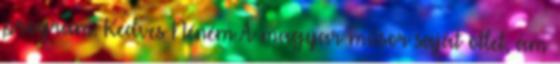
program. Kedves Néném A magyar műsor saját ötlet, ám